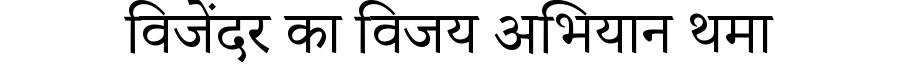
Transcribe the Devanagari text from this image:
विजेंदर का विजय अभियान थमा